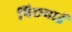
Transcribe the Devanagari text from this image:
पिछवाई